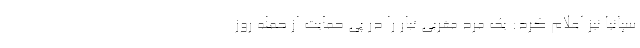
سپانیا نیز اعلام کرد: یک مرد مغربی تبار را در پی حمایت از حمله روز